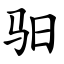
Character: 驲